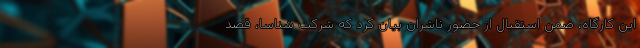
این کارگاه، ضمن استقبال از حضور ناشران بیان کرد که شرکت شناسا، قصد